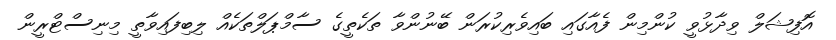
އޮފިޝަލް ވިދާޅުވީ ކުންމިން ފެއާގައި ބައިވެރިކުރަން ބޭނުންވާ ތަކެތީގެ ސާމްޕަލްތަކެއް ލިބިފައިވާތީ މިނިސްޓްރީން